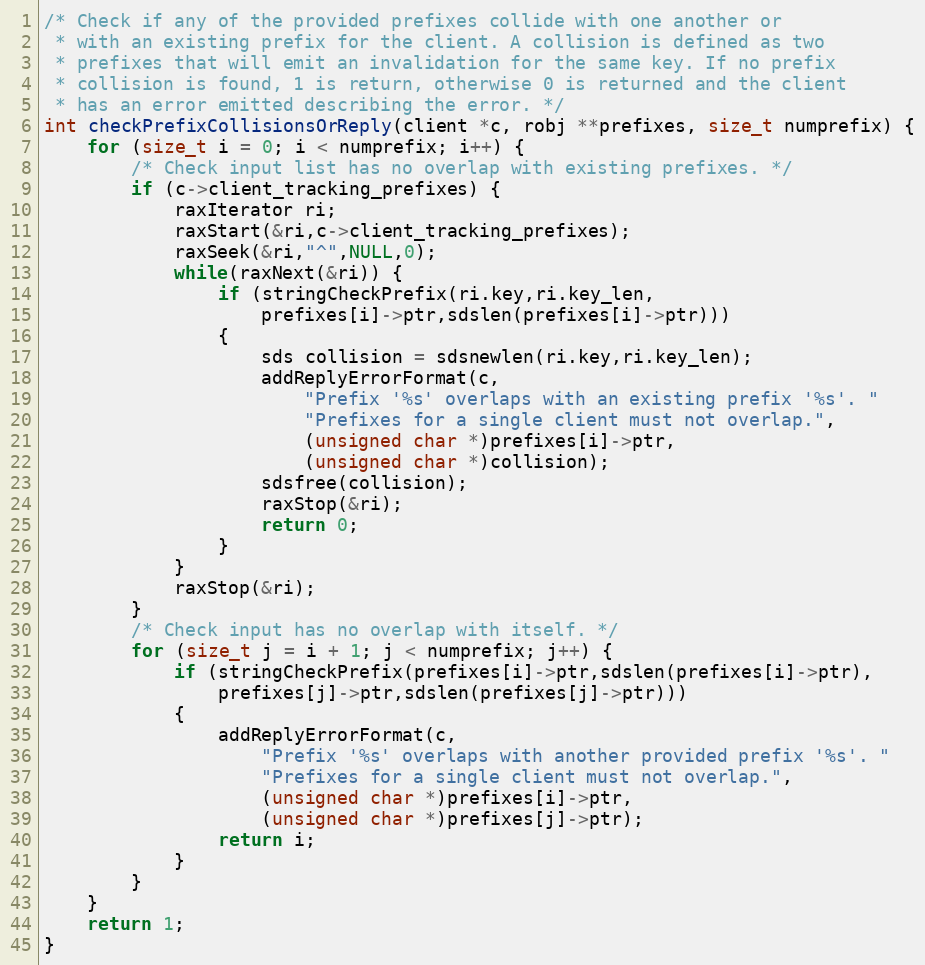
Language: C
/* Check if any of the provided prefixes collide with one another or
 * with an existing prefix for the client. A collision is defined as two
 * prefixes that will emit an invalidation for the same key. If no prefix
 * collision is found, 1 is return, otherwise 0 is returned and the client
 * has an error emitted describing the error. */
int checkPrefixCollisionsOrReply(client *c, robj **prefixes, size_t numprefix) {
    for (size_t i = 0; i < numprefix; i++) {
        /* Check input list has no overlap with existing prefixes. */
        if (c->client_tracking_prefixes) {
            raxIterator ri;
            raxStart(&ri,c->client_tracking_prefixes);
            raxSeek(&ri,"^",NULL,0);
            while(raxNext(&ri)) {
                if (stringCheckPrefix(ri.key,ri.key_len,
                    prefixes[i]->ptr,sdslen(prefixes[i]->ptr)))
                {
                    sds collision = sdsnewlen(ri.key,ri.key_len);
                    addReplyErrorFormat(c,
                        "Prefix '%s' overlaps with an existing prefix '%s'. "
                        "Prefixes for a single client must not overlap.",
                        (unsigned char *)prefixes[i]->ptr,
                        (unsigned char *)collision);
                    sdsfree(collision);
                    raxStop(&ri);
                    return 0;
                }
            }
            raxStop(&ri);
        }
        /* Check input has no overlap with itself. */
        for (size_t j = i + 1; j < numprefix; j++) {
            if (stringCheckPrefix(prefixes[i]->ptr,sdslen(prefixes[i]->ptr),
                prefixes[j]->ptr,sdslen(prefixes[j]->ptr)))
            {
                addReplyErrorFormat(c,
                    "Prefix '%s' overlaps with another provided prefix '%s'. "
                    "Prefixes for a single client must not overlap.",
                    (unsigned char *)prefixes[i]->ptr,
                    (unsigned char *)prefixes[j]->ptr);
                return i;
            }
        }
    }
    return 1;
}